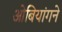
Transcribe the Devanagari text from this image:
ओबियांगने